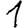
Digit: 1